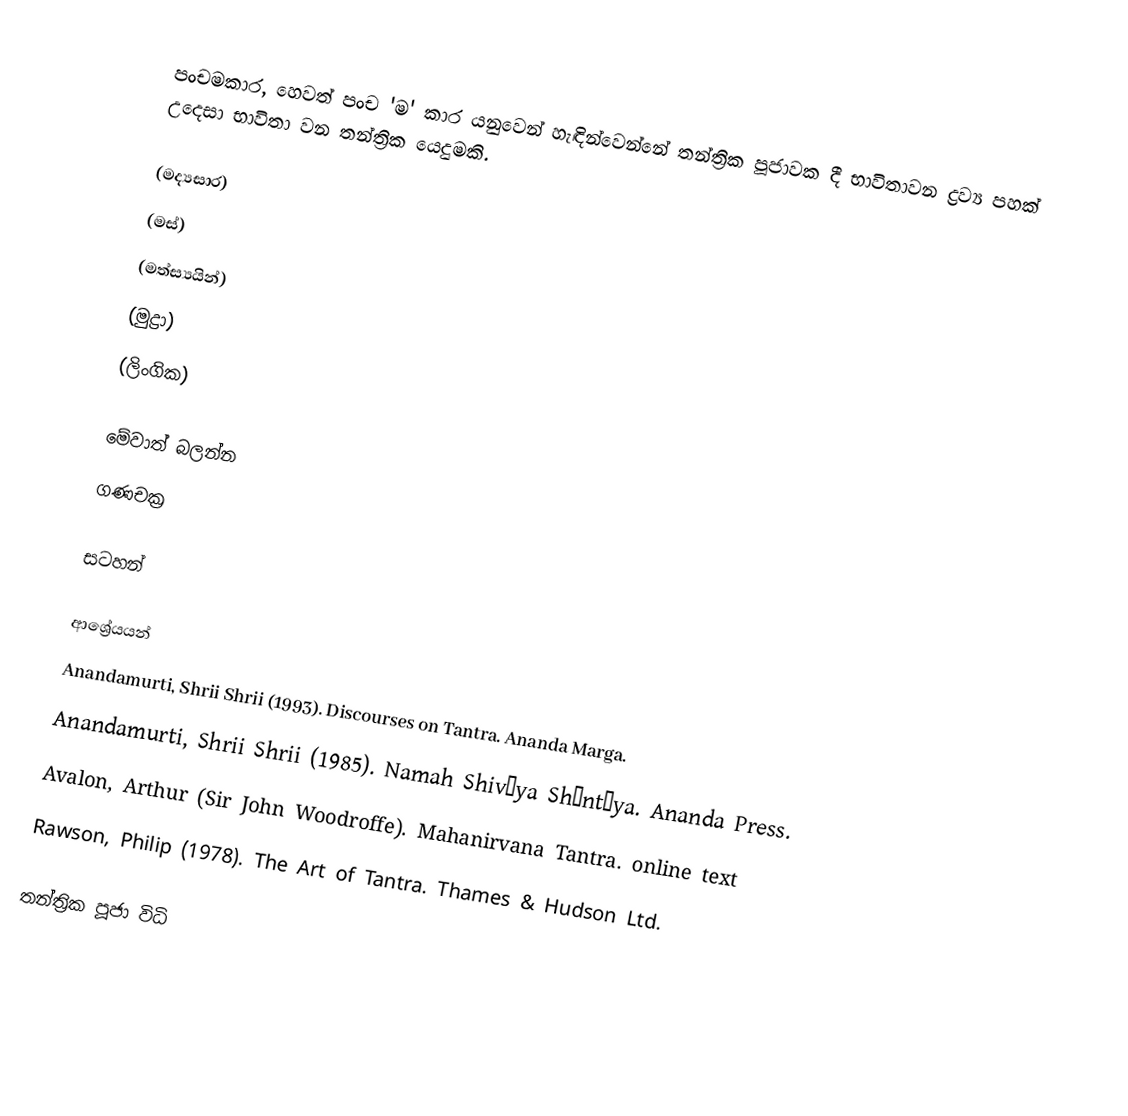
පංචමකාර, හෙවත් පංච 'ම' කාර යනුවෙන් හැඳින්වෙන්නේ තන්ත්‍රික පූජාවක දී භාවිතාවන ද්‍රව්‍ය පහක් උදෙසා භාවිතා වන තන්ත්‍රික යෙදුමකි.

  (මද්‍යසාර)
  (මස්)
  (මත්ස්‍යයින්)
  (මුද්‍රා)
  (ලිංගික)

මේවාත් බලන්න
ගණචක්‍ර

සටහන්

ආශ්‍රේයයන්
Anandamurti, Shrii Shrii (1993). Discourses on Tantra. Ananda Marga.
Anandamurti, Shrii Shrii (1985). Namah Shiváya Shántáya. Ananda Press.
Avalon, Arthur (Sir John Woodroffe). Mahanirvana Tantra. online text
Rawson, Philip (1978). The Art of Tantra. Thames & Hudson Ltd.

තන්ත්‍රික පූජා විධි